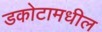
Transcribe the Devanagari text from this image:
डकोटामधील